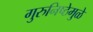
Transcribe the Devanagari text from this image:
गुरुनिष्ठेमुळे